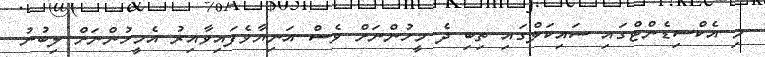
މި އެކްސިޑެންޓްގައި ސައިކަލްގައި ތިބި ދެ މީހުންނަށް ވެސް އަނިޔާވެފައިވާއިރު އެމީހުންނަށް ލިބުނު